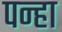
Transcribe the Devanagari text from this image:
पन्हा